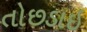
તોછડાઇ